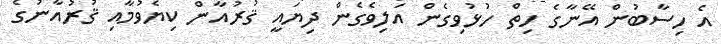
އެ ހިސާބުން އޭނާގެ ހިތް ހުޅުވިގެން އަލިވެގެން ދިޔައީ ޤުރުއާން ކިޔެވުމާއި ޤުރުއާނުގެ